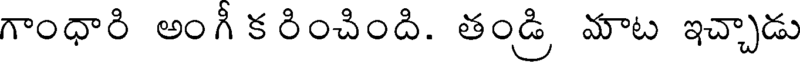
గాంధారి అంగీ క రించింది. తండ్రి మాట ఇచ్చాడు